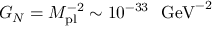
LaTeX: G _ { N } = M _ { \mathrm { p l } } ^ { - 2 } \sim 1 0 ^ { - 3 3 } \ \ \mathrm { G e V } ^ { - 2 }